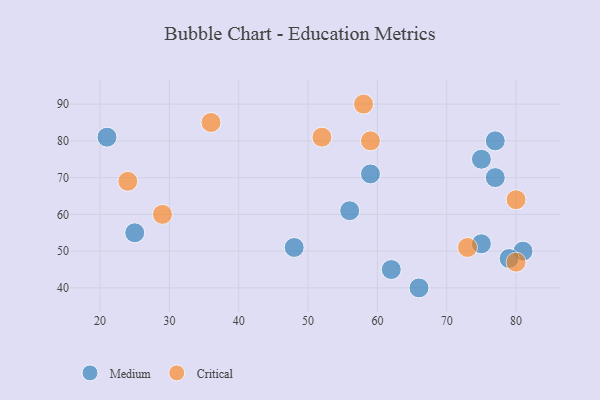
{"axis": {"x": "GDP", "y": "Life Expectancy"}, "legend": ["Critical", "Medium"], "data": [{"x": "77", "y": 80, "type": "Medium"}, {"x": "66", "y": 40, "type": "Medium"}, {"x": "75", "y": 75, "type": "Medium"}, {"x": "21", "y": 81, "type": "Medium"}, {"x": "62", "y": 45, "type": "Medium"}, {"x": "81", "y": 50, "type": "Medium"}, {"x": "25", "y": 55, "type": "Medium"}, {"x": "77", "y": 70, "type": "Medium"}, {"x": "75", "y": 52, "type": "Medium"}, {"x": "56", "y": 61, "type": "Medium"}, {"x": "48", "y": 51, "type": "Medium"}, {"x": "79", "y": 48, "type": "Medium"}, {"x": "59", "y": 71, "type": "Medium"}, {"x": "58", "y": 90, "type": "Critical"}, {"x": "36", "y": 85, "type": "Critical"}, {"x": "59", "y": 80, "type": "Critical"}, {"x": "24", "y": 69, "type": "Critical"}, {"x": "80", "y": 47, "type": "Critical"}, {"x": "52", "y": 81, "type": "Critical"}, {"x": "29", "y": 60, "type": "Critical"}, {"x": "73", "y": 51, "type": "Critical"}, {"x": "80", "y": 64, "type": "Critical"}]}